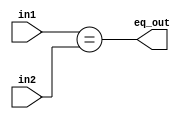
module eq_checker #(parameter WIDTH = 32) (in1, in2, eq_out);

input [WIDTH-1:0] in1, in2;
output            eq_out;

assign eq_out = (in1 == in2);

endmodule